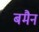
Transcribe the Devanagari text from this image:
बमैन